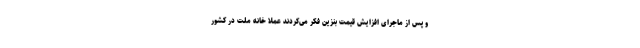
و پس از ماجرای افزایش قیمت بنزین فکر می‌کردند عملاً خانه ملت در کشور